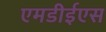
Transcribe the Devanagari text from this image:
एमडीईएस